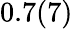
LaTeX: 0.7(7)